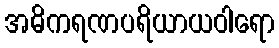
အဓိကရဏပရိယာယဝါရော